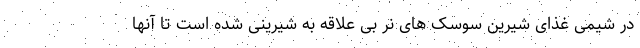
در شیمی غذای شیرین سوسک های نر بی علاقه به شیرینی شده است تا آنها